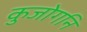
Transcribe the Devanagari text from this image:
कुजोगनि